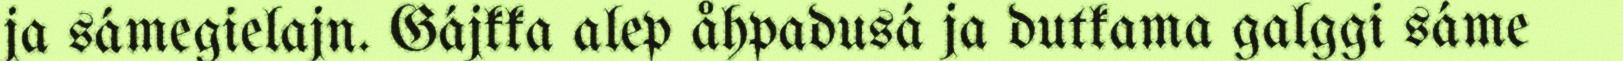
ja sámegielajn. Gájkka alep åhpadusá ja dutkama galggi sáme